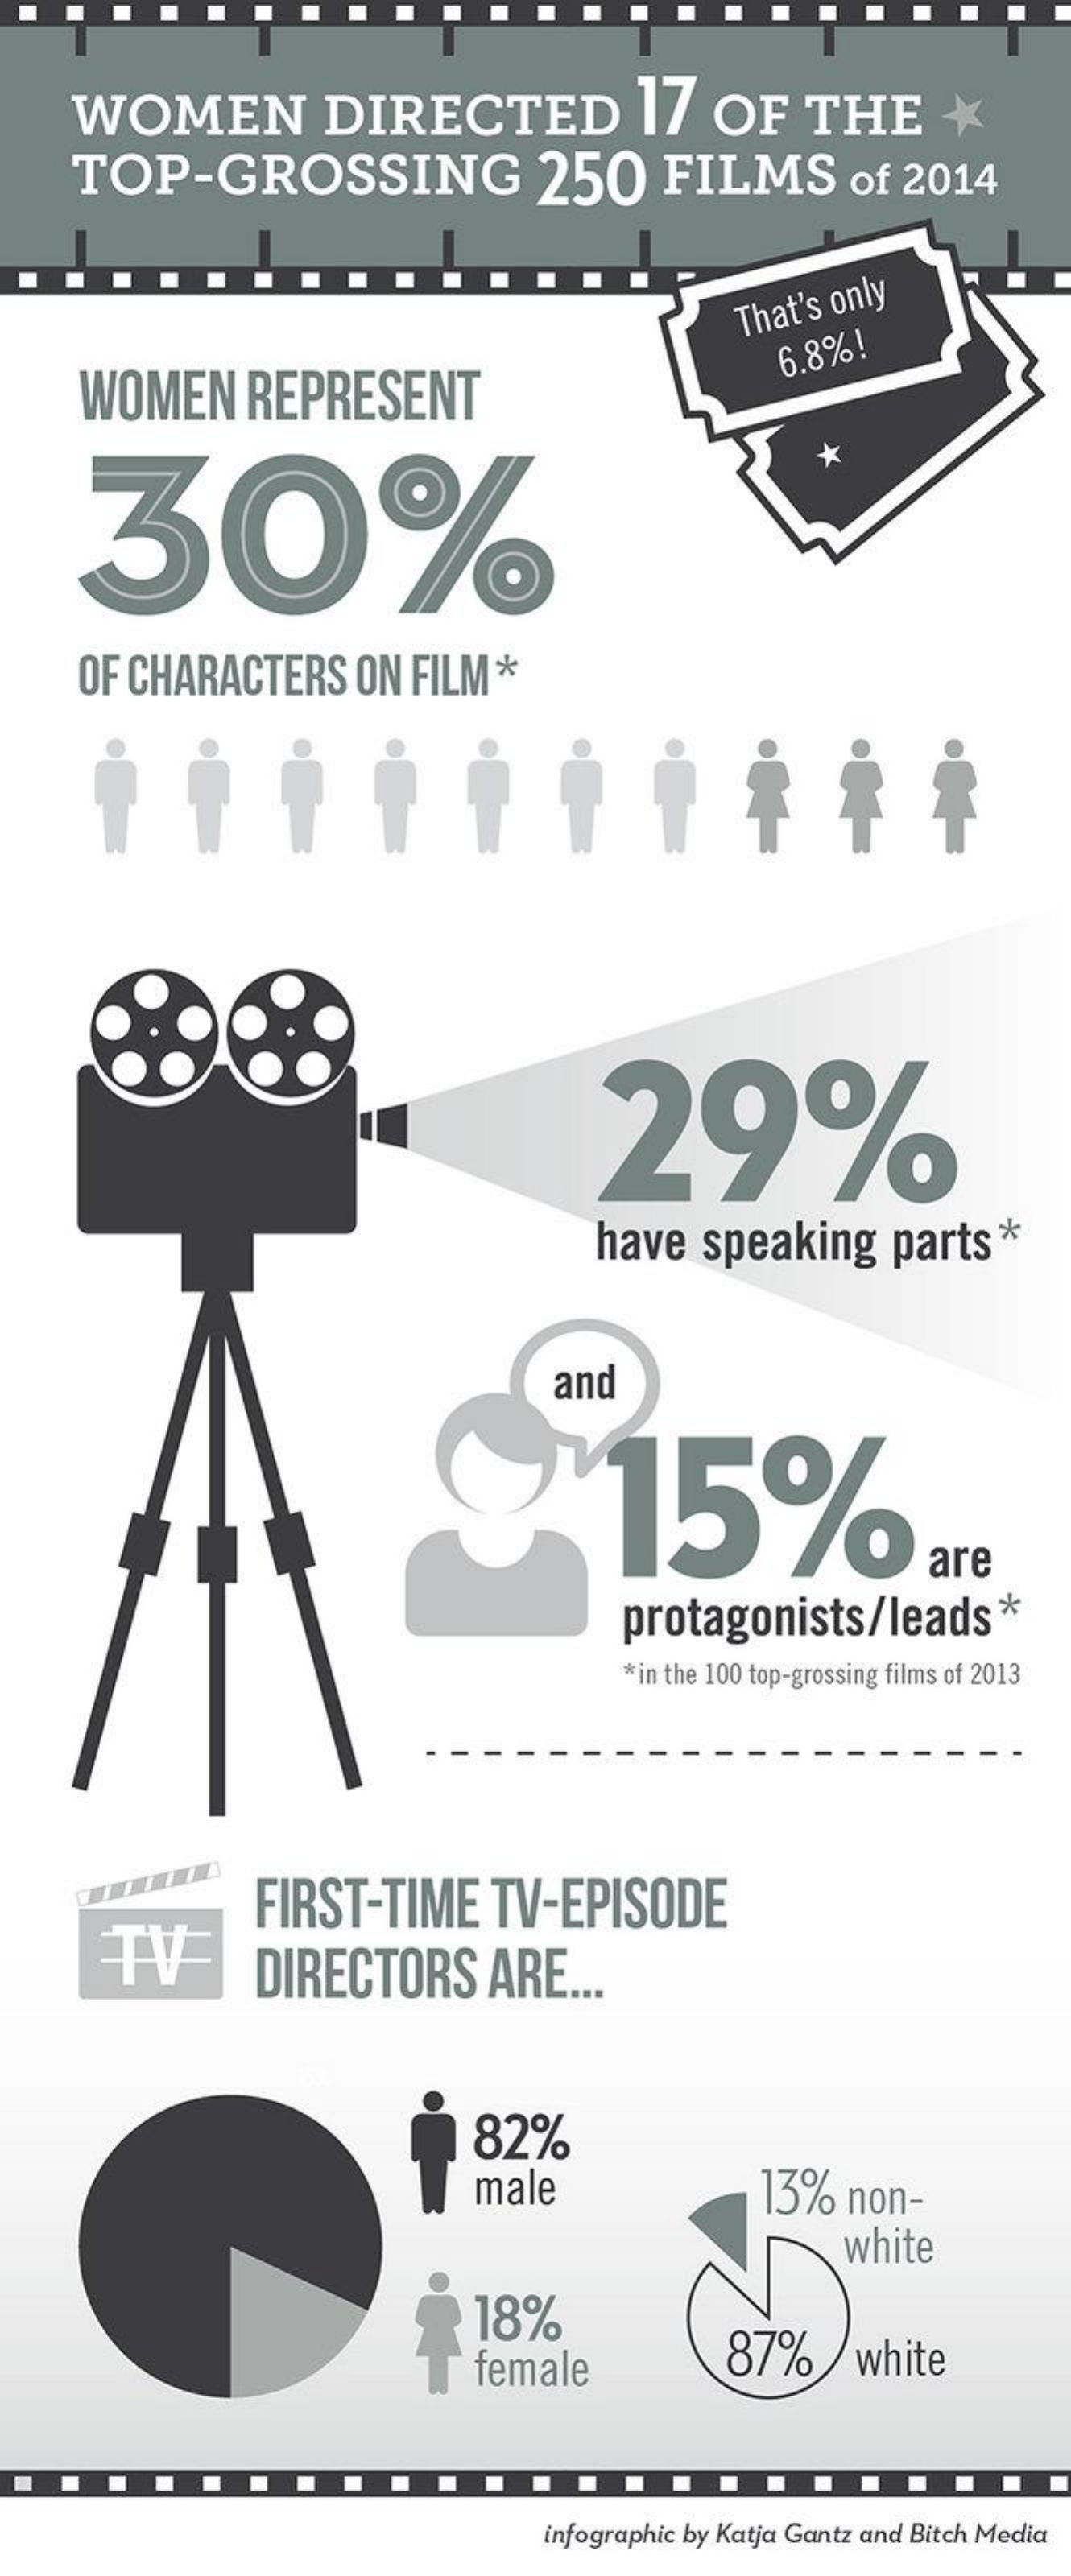
WOMEN    DIRECTED    17   OF    THE
     TOP-GROSSING    250    FILMS    of  2014
     That's only
     WOMEN    REPRESENT
     6.8%!
     30%
     OF CHARACTERS    ON  FILM  *
     29%
     have    speaking    parts   *
     and
     15%
     are
     protagonists/leads
     *in the 100 top-grossing films of 2013
     TV
     FIRST-TIME    TV-EPISODE
     DIRECTORS    ARE   ..
     82%
     male    13%   non-
     white
     18%
     female    87%    white
     infographic by Katja Gantz and Bitch Media